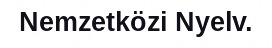
Nemzetközi Nyelv.